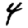
Digit: 4